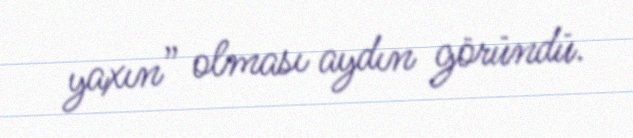
yaxın” olması aydın göründü.